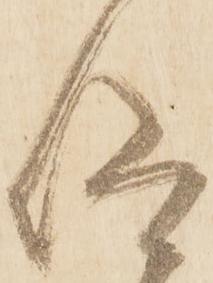
仰